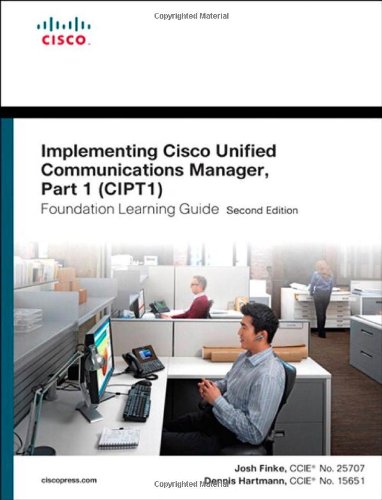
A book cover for Implementing Cisco Unified Communications Manager, Part 1 (CIPT1) Foundation Learning Guide: (CCNP Voice CIPT1 642-447) (2nd Edition) (Foundation Learning Guides); Joshua Finke; Computers & Technology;